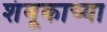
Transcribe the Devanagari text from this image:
शंबूकाच्या